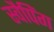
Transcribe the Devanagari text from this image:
स्वैपिंग